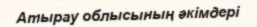
Атырау облысының әкімдері